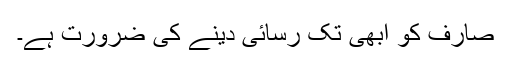
صارف کو ابھی تک رسائی دینے کی ضرورت ہے۔